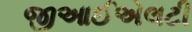
જીઆઈએલટી